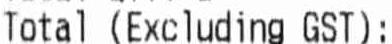
TOTAL (EXCLUDING GST):